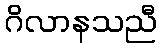
ဂိလာနသညီ